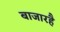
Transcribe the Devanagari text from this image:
बाजारहै